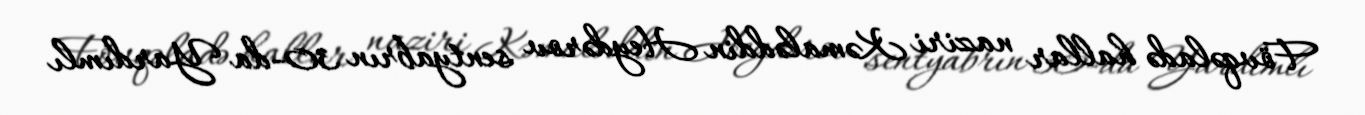
Fövqəladə hallar naziri Kəmaləddin Heydərov sentyabrın 30-da Yardımlı